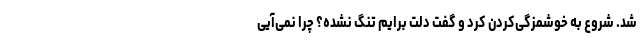
شد. شروع به خوشمزگی‌کردن کرد و گفت دلت برایم تنگ نشده؟ چرا نمی‌آیی